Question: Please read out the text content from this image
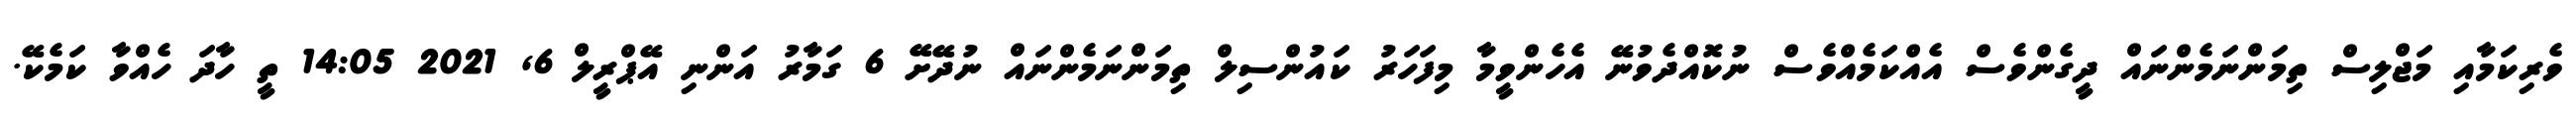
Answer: ވެރިކަމާއި މަޖްލިސް ތިމަންނަމެންނައް ދީގެންވެސް އެއްކަމެއްވެސް ނުކޮއްދެވުނޭ އެހެންވީމާ މިފަހަރު ކައުންސިލް ތިމަންނަމެންނައް ނުދޭށޭ 6 ގަމާރު އަންނި އޭޕްރީލް 6, 2021 14:05 ތީ ހާދަ ހެއްވާ ކަމެކޭ.